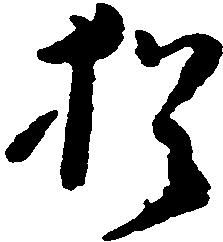
猶